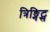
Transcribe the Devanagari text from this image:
त्रिङ्गिट्स